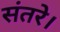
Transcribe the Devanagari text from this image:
संतरे।